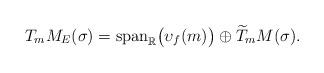
LaTeX: \begin{align*} T_mM_E(\sigma)=\mathrm{span}_\mathbb{R}\big(\upsilon_f(m)\big)\oplus \widetilde{T}_mM(\sigma).\end{align*}